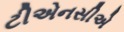
ટીએનસીએ